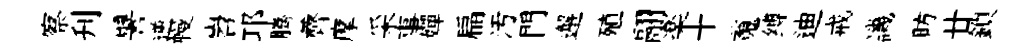
察刋譬逆幔岧邛腾薺摩采事嬋扁汚門邂殖翮楽十䰟缚迪戒譏昉廿鎖